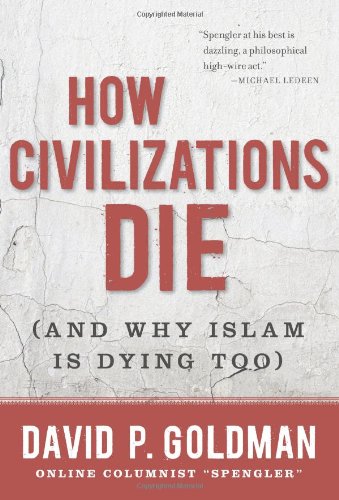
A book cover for How Civilizations Die: (And Why Islam Is Dying Too); David Goldman; Religion & Spirituality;